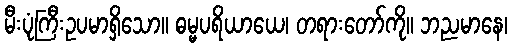
မီးပုံကြီးဥပမာရှိသော။ ဓမ္မပရိယာယေ၊ တရားတော်ကို။ ဘညမာနေ၊